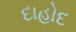
દાહોદ